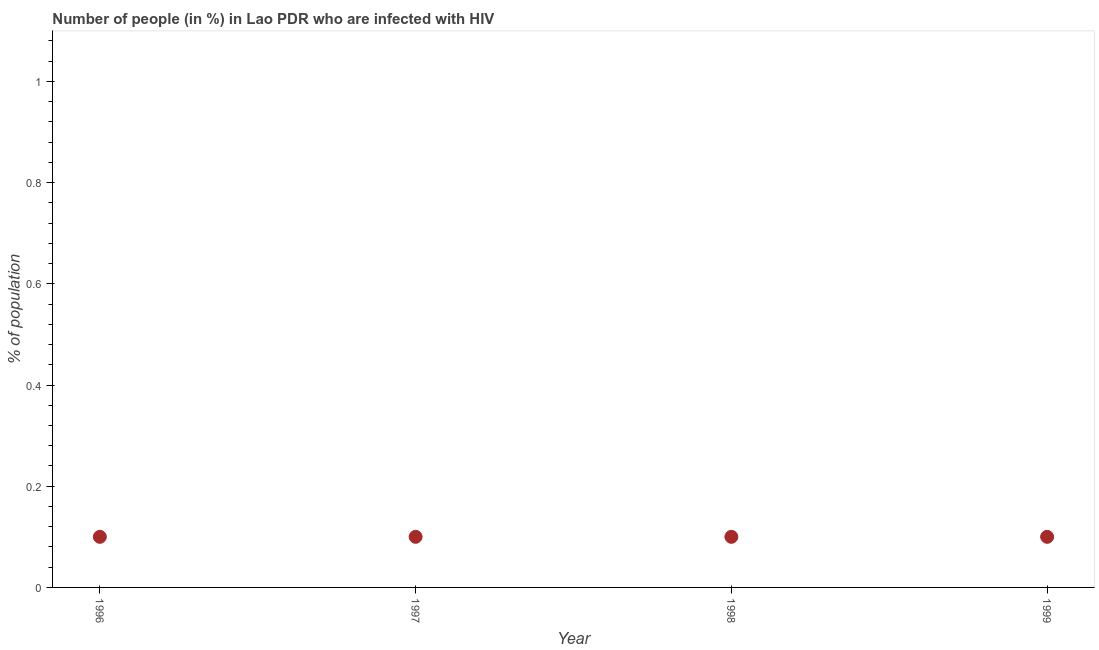
| Year | Infected with HIV |
 | --- | --- |
 | 1996 | 0.1 |
 | 1997 | 0.1 |
 | 1998 | 0.1 |
 | 1999 | 0.1 |